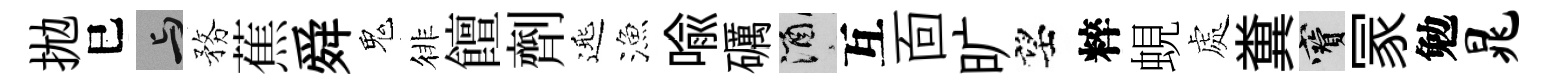
拋巳与務蕉舜鬼徘饘劑𨓱漁喩礪酒互靣旷望粹蜆處糞寶冡勉晁